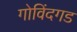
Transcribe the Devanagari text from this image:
गोविंदगड